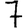
Digit: 7